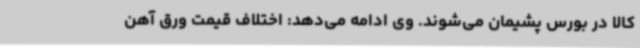
کالا در بورس پشیمان می‌شوند. وی ادامه می‌دهد: اختلاف قیمت ورق آهن